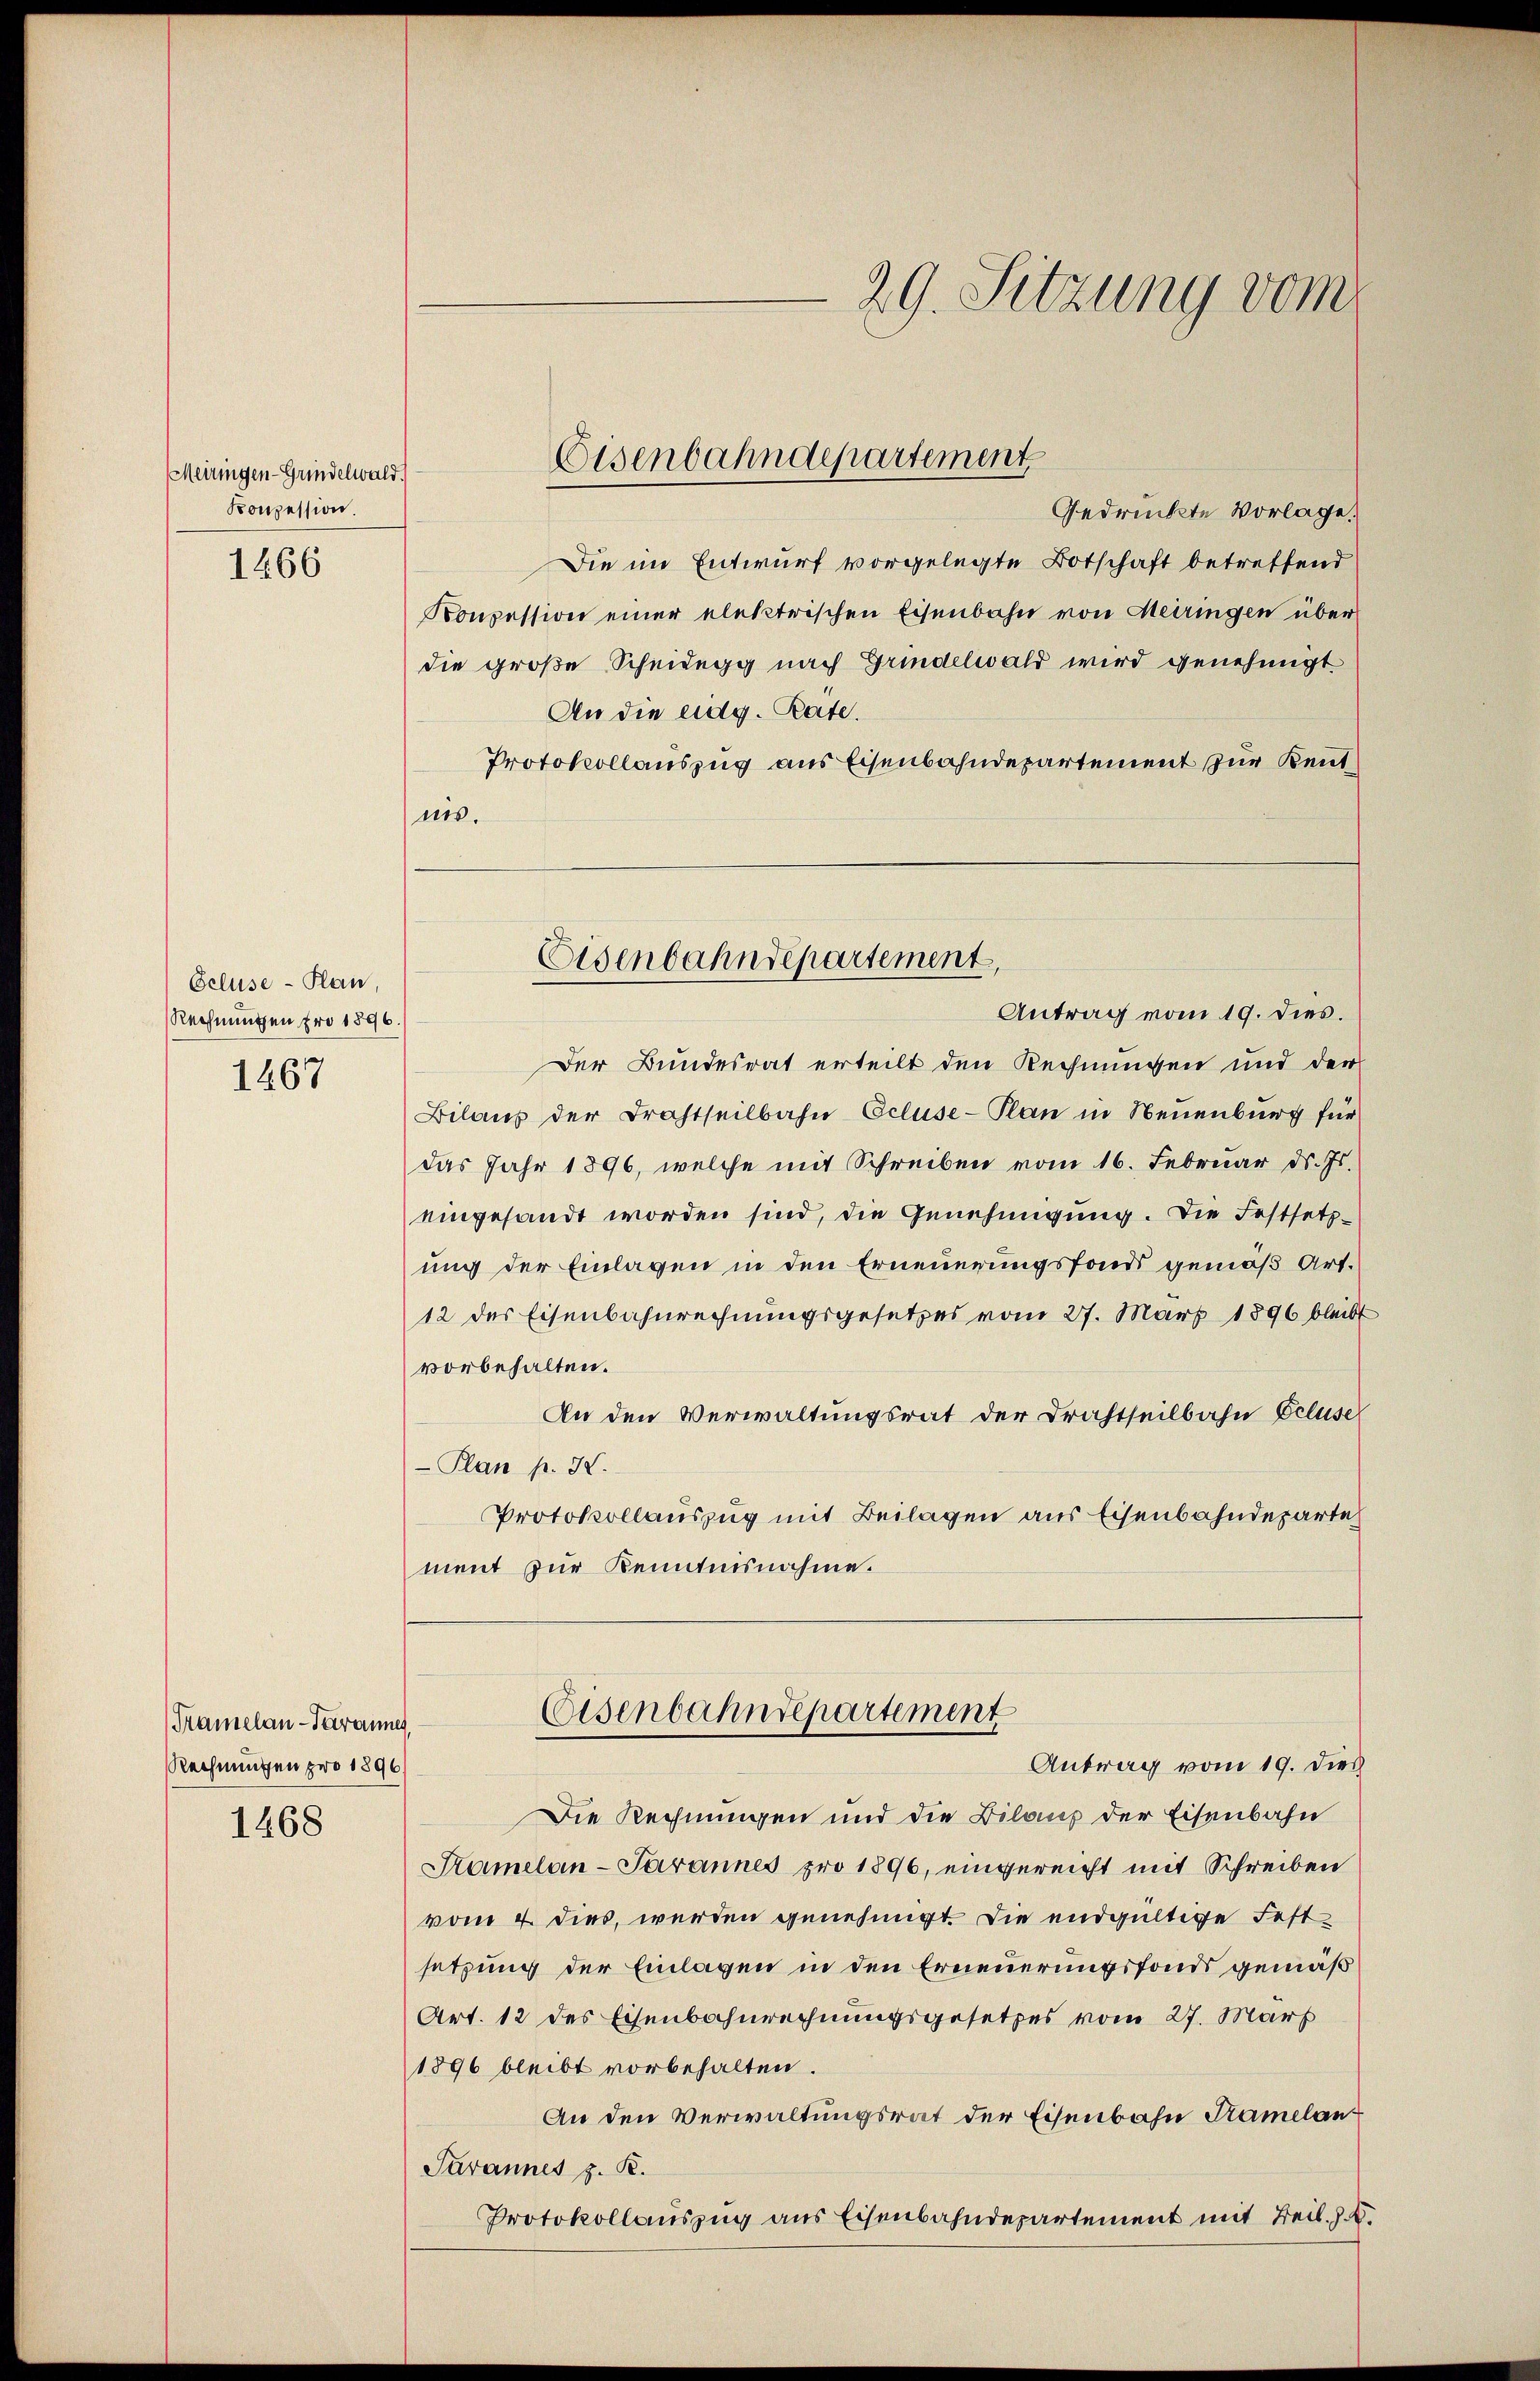
Meiringen-Grindelwald.
Konzession.

1466

Ocluse-Plan,
Rechnungen fro 1896
1467

Tramelan-Parannes,
Rechnungen pro 1896

1468

Gedrückte Vorlage.
Die im Entwurf vorgelegte Botschaft betreffend
Konzession einer elektrischen Eisenbahn von Meiringen über
die große Scheidegg nach Grindelwald wird genehmigt.
An die eidg. Rate.
Protokollauszug aus Eisenbahndepartement zur Kenntnis.

29. Sitzung vom

Eisenbahndepartement

Der Bundesrat erteilt den Rechnungen und der
Bilanz der Trachtheilbahn Ecluse-Plan in Neuenburg für
das Jahr 1896, welche mit Schreiben vom 16. Februar d. Js.
eingesandt worden sind, die Genehmigung. Die Festsetz-
ung der Einlagen in den Erneuerungsfonds gemäß Art.
12 des Eisenbahnrechnungsgesetzes vom 27. März 1896 bleibt
vorbehalten.
An den Verwaltungsrat der Drahtheilbahn Ecluse
-Plan p. I.
Protokollauszug mit Beilagen aus Eisenbahndeparte
ment zur Kenntnisnahme.

Eisenbahndepartement,
Antrag vom 19. dies.

Eisenbahndepartement
Antrag vom 19. dies

Die Rechnungen und die Bilanz der Eisenbahn
Samelan-Parannes pro 1896, eingereicht mit Schreiben
vom 4. dies, werden genehmigt. Die endgültige Festsetzung der Einlagen in den Erneuerungsfonds gemäß
Art. 12 des Eisenbahnrechnungsgesetzes vom 27. Mart
1896 bleibt vorbehalten.
An den Verwaltungsrat der Eisenbahn Ramelan¬
Sarannes z. R.
Protokollauszug aus Eisenbahndepartement mit Beil. J.